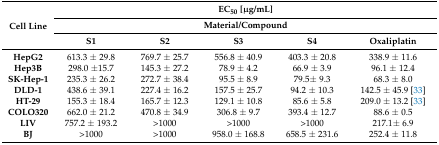
<table><thead><tr><td rowspan="3"><b>Cell Line</b></td><td colspan="5"><b>EC<sub>50</sub> [μg/mL]</b></td></tr><tr><td colspan="5"><b>Material/Compound</b></td></tr><tr><td><b>S1</b></td><td><b>S2</b></td><td><b>S3</b></td><td><b>S4</b></td><td><b>Oxaliplatin</b></td></tr></thead><tbody><tr><td><b>HepG2</b></td><td>613.3 ± 29.8</td><td>769.7 ± 25.7</td><td>556.8 ± 40.9</td><td>403.3 ± 20.8</td><td>338.9 ± 11.6</td></tr><tr><td><b>Hep3B</b></td><td>298.0 ±15.7</td><td>145.3 ± 27.2</td><td>78.9 ± 4.2</td><td>66.9 ± 3.9</td><td>96.1 ± 12.4</td></tr><tr><td><b>SK-Hep-1</b></td><td>235.3 ± 26.2</td><td>272.7 ± 38.4</td><td>95.5 ± 8.9</td><td>79.5± 9.3</td><td>68.3 ± 8.0</td></tr><tr><td><b>DLD-1</b></td><td>438.6 ± 39.1</td><td>227.4 ± 16.2</td><td>157.5 ± 25.7</td><td>94.2 ± 10.3</td><td>142.5 ± 45.9 [33]</td></tr><tr><td><b>HT-29</b></td><td>155.3 ± 18.4</td><td>165.7 ± 12.3</td><td>129.1 ± 10.8</td><td>85.6 ± 5.8</td><td>209.0 ± 13.2 [33]</td></tr><tr><td><b>COLO320</b></td><td>662.0 ± 21.2</td><td>470.8 ± 34.9</td><td>306.8 ± 9.7</td><td>393.4 ± 12.7</td><td>88.6 ± 0.5</td></tr><tr><td><b>LIV</b></td><td>757.2 ± 193.2</td><td>&gt;1000</td><td>&gt;1000</td><td>&gt;1000</td><td>217.1± 6.9</td></tr><tr><td><b>BJ</b></td><td>&gt;1000</td><td>&gt;1000</td><td>958.0 ± 168.8</td><td>658.5 ± 231.6</td><td>252.4 ± 11.8</td></tr></tbody></table>